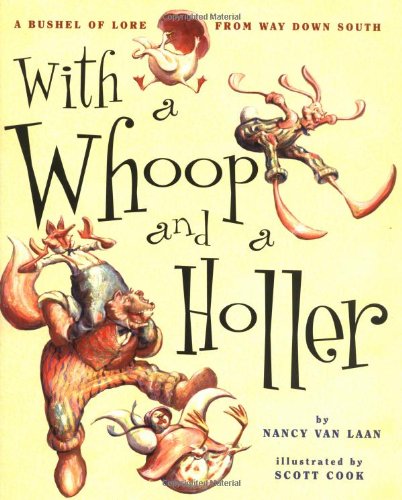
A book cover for With a Whoop and a Holler; Nancy Van Laan; Children's Books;